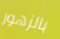
بالزهور